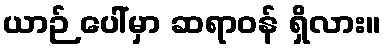
ယာဉ် ပေါ်မှာ ဆရာဝန် ရှိလား။